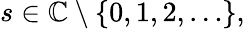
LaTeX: s\in\mathbb{C}\setminus\{ 0,1,2,\ldots\} ,